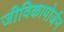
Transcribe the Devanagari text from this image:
जीविकापोर्जन